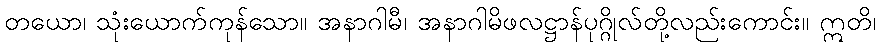
တယော၊ သုံးယောက်ကုန်သော။ အနာဂါမီ၊ အနာဂါမိဖလဋ္ဌာန်ပုဂ္ဂိုလ်တို့လည်းကောင်း။ ဣတိ၊